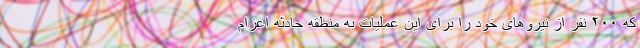
که ۲۰۰ نفر از نیروهای خود را برای این عملیات به منطقه حادثه اعزام